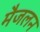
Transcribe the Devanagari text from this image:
मैजलन